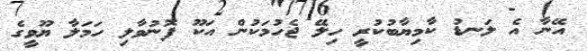
އޭނާ އެ ލަނޑު ކާމިޔާބުކުރީ ހިލޭ ޖެހުމަކުން އަކޫ ފޮނުވާލި ހަމަލާ ޔޫވީގެ